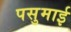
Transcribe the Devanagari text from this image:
पसुमाई